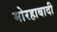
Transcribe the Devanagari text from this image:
मोरहाबादी